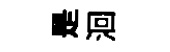
是洄